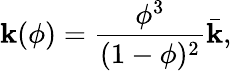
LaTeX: \mathbf{k}(\phi)=\frac{{\phi^{3}}}{{(1-\phi)^{2}}}\bar{{\mathbf{k}}},